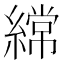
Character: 𮈼